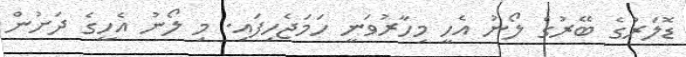
ޑޮލަރުގެ ބޭރުގެ ލޯނު އެހީ މިހާރުވަނީ ހަމަޖެހިފައި. މި ލޯނު އެހީގެ ދަށުން